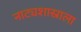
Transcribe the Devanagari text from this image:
नाट्यशास्राला